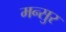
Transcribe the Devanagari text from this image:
मन्सुर